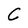
Character: C